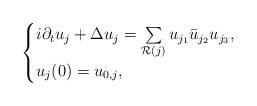
LaTeX: \begin{align*}\begin{cases}i\partial_t u_j + \Delta u_j =\sum\limits_{\mathcal{R}(j)}u_{j_1}\bar{u}_{j_2}u_{j_3},\\u_j(0) = u_{0,j},\end{cases}\end{align*}